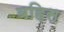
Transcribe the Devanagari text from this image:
बहिस